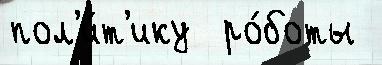
пол'и́т'ику  ро́боты